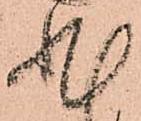
非